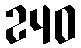
240